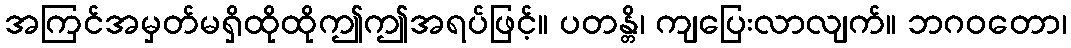
အကြင်အမှတ်မရှိထိုထိုဤဤအရပ်ဖြင့်။ ပတန္တိ၊ ကျပြေးလာလျက်။ ဘဂဝတော၊